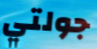
جولتي